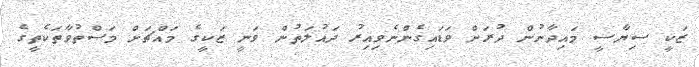
ޒަކީ ސިޔާސީ މައިދާނުން ދުރަށް ވަޑައިގެންނެވިއިރު ދައުލަތުން ވަނީ ޒަކީގެ މައްޗަށް މަސްތުވާތަކެތީގެ